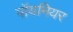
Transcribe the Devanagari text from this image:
पॉयनियर